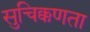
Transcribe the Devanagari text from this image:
सुचिक्कणता